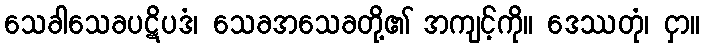
သေခါသေခပဋိပဒံ၊ သေခအသေခတို့၏ အကျင့်ကို။ ဒေဿတုံ၊ ငှာ။